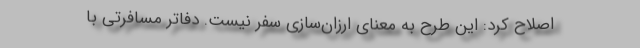
اصلاح کرد: این طرح به معنای ارزان‌سازی سفر نیست. دفاتر مسافرتی با